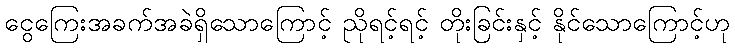
ငွေကြေးအခက်အခဲရှိသောကြောင့် ညိုရင့်ရင့် တိုးခြင်းနှင့် နိုင်သောကြောင့်ဟု